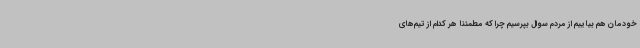
خودمان هم بیاییم از مردم سوال بپرسیم چرا که مطمئنا هر کدام از تیم‌های